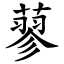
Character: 蓼